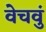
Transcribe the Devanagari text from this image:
वेचवुं